Scottish Certificate of Education, 1963
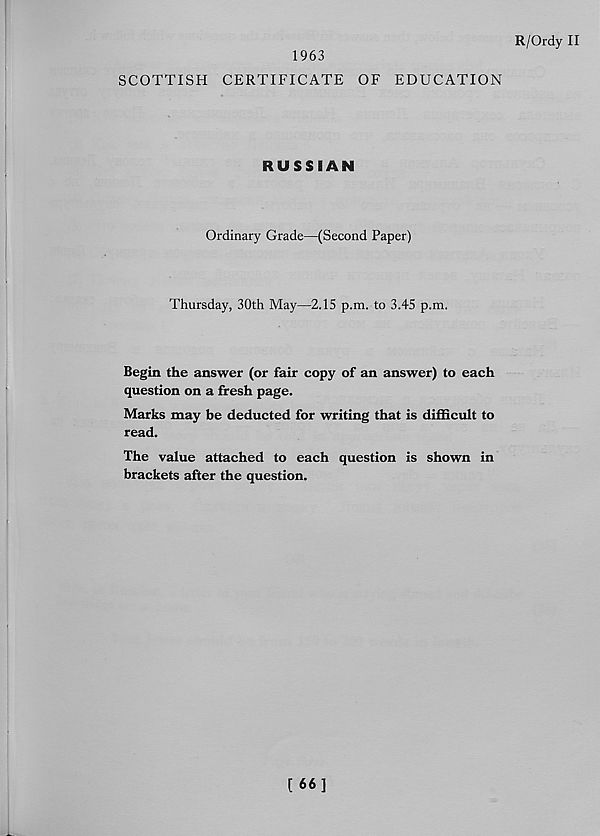
R/Ordy II
SCOTTISH
1963
CERTIFICATE OF EDUCATION
RUSSIAN
Ordinary Grade—(Second Paper)
Thursday, 30th May—2.15 p.m. to 3.45 p.m.
Begin the answer (or fair copy of an answer) to each
question on a fresh page.
Marks may be deducted for writing that is difficult to
read.
The value attached to each question is shown in
brackets after the question.
[ 66]